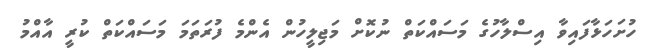
ހުށަހަޅާފައިވާ އިސްލާހުގެ މަސައްކަތް ނުކޮށް މަޖިލީހުން އެންމެ ފުރަތަމަ މަސައްކަތް ކުރީ އާއްމު